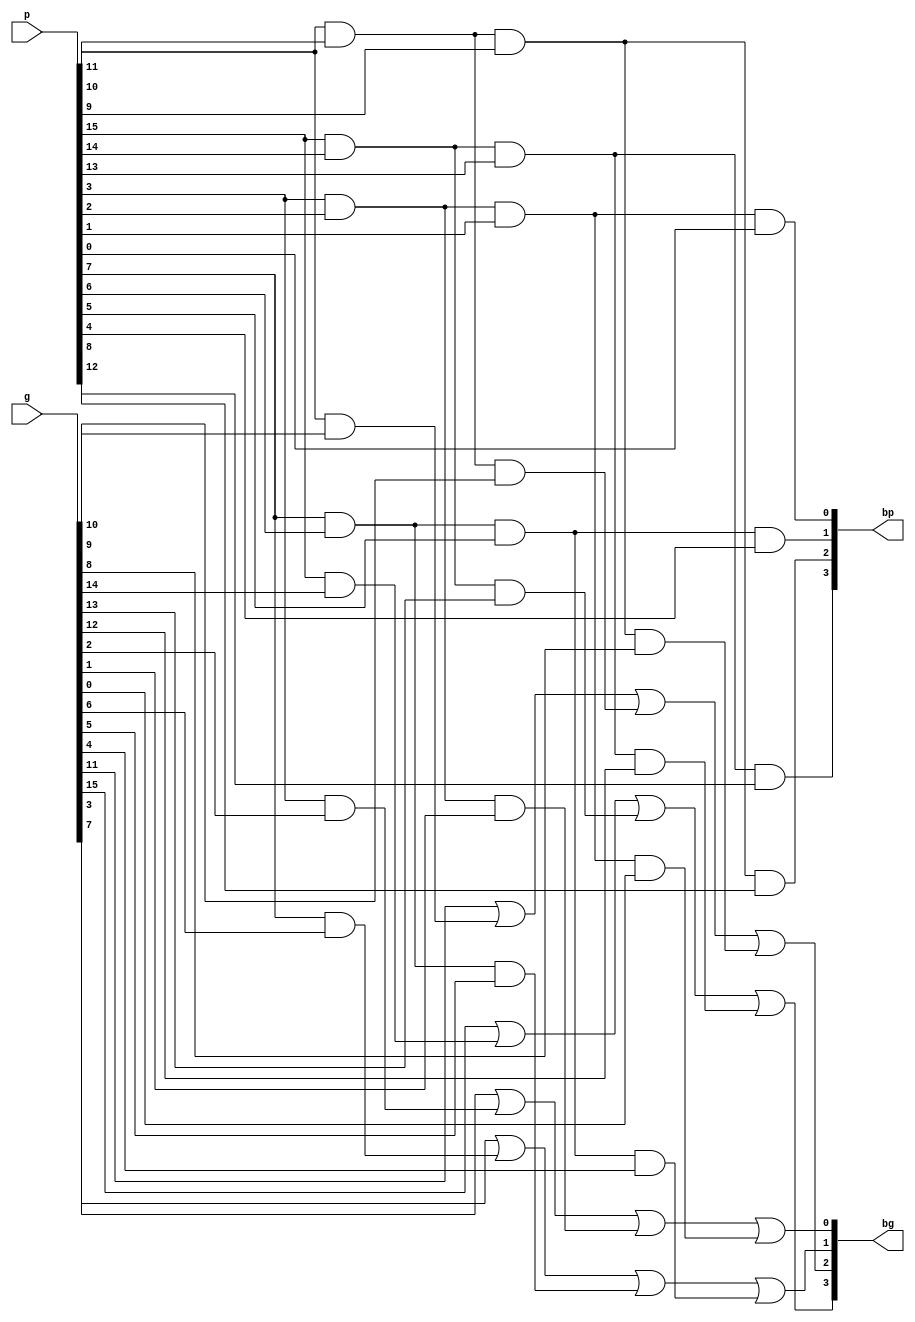
module pg_to_PG(
    input [15:0] p,
    input [15:0] g,
    output [3:0] bp,
    output [3:0] bg
    );

assign bg[0]=g[3 ]|p[3 ]&g[2 ]|p[3 ]&p[2 ]&g[1 ]|p[3 ]&p[2 ]&p[1 ]&g[0 ],
       bg[1]=g[7 ]|p[7 ]&g[6 ]|p[7 ]&p[6 ]&g[5 ]|p[7 ]&p[6 ]&p[5 ]&g[4 ], 
       bg[2]=g[11]|p[11]&g[10]|p[11]&p[10]&g[9 ]|p[11]&p[10]&p[9 ]&g[8 ], 
       bg[3]=g[15]|p[15]&g[14]|p[15]&p[14]&g[13]|p[15]&p[14]&p[13]&g[12];
		 
assign	bp[0]=p[3]&p[2]&p[1]&p[0],
			bp[1]=p[7]&p[6]&p[5]&p[4],
			bp[2]=p[11]&p[10]&p[9]&p[8],
			bp[3]=p[15]&p[14]&p[13]&p[12];

endmodule